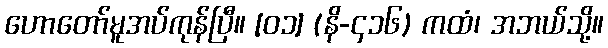
ဟောတော်မူအပ်ကုန်ပြီ။ [၀၁] (နိ-၄၁၆) ကထံ၊ အဘယ်သို့။